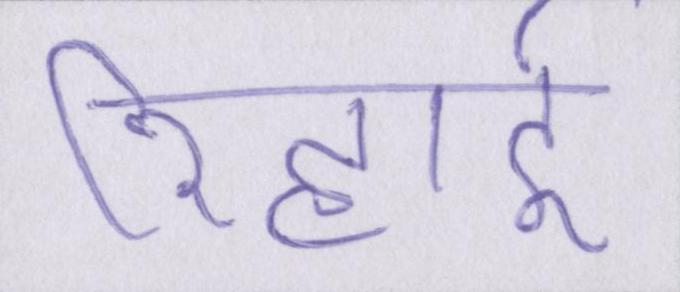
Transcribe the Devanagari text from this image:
रिहाई